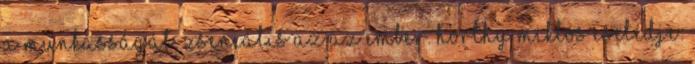
a munkásságát, zseniális az az ember. Horthy Miklós cselédje: